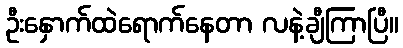
ဦးနှောက်ထဲရောက်နေတာ လနဲ့ချီကြာပြီ။